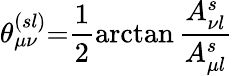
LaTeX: \theta_{\mu\nu}^{(sl)}{=}\frac{1}{2}\arctan\frac{A_{\nu l}^{s}}{A_{\mu l}^{s}}